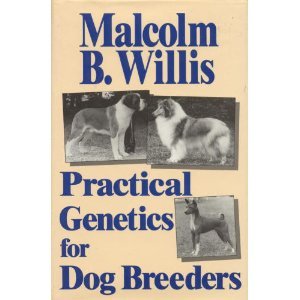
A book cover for Practical Genetics for Dog Breeders; Malcolm B. Willis; Medical Books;